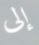
إلى